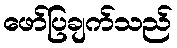
ဖော်ပြချက်သည်